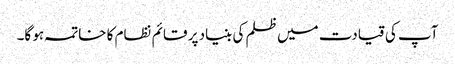
آپ کی قیادت میں ظلم کی بنیاد پر قائم نظام کا خاتمہ ہو گا۔